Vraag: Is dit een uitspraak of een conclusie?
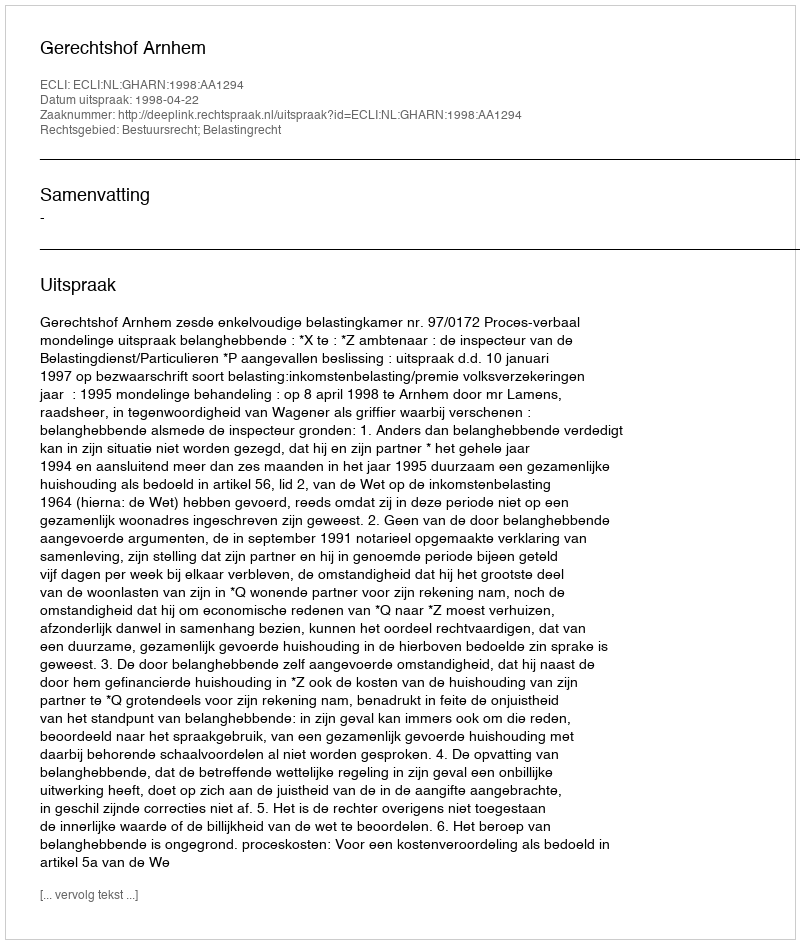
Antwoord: Uitspraak